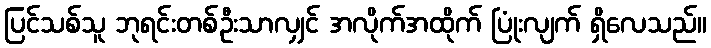
ပြင်သစ်သူ ဘုရင်းတစ်ဦးသာလျှင် အလိုက်အထိုက် ပြုံးလျက် ရှိလေသည်။